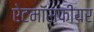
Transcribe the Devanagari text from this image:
ऐटमॉसफीयर